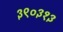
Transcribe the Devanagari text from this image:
३९०३१३